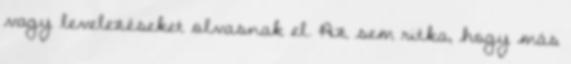
vagy levelezéseket olvasnak el. Az sem ritka, hogy más